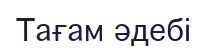
Тағам әдебі